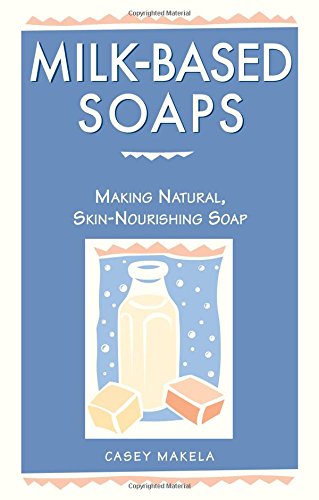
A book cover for Milk-Based Soaps: Making Natural, Skin-Nourishing Soap; Casey Makela; Crafts, Hobbies & Home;